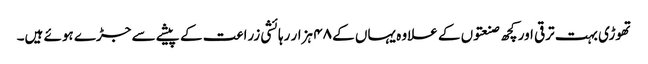
تھوڑی بہت ترقی اور کچھ صنعتوں کے علاوہ یہاں کے ۴۸ ہزار رہائشی زراعت کے پیشے سے جڑے ہوئے ہیں۔